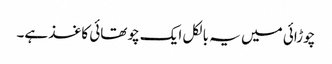
چوڑائی میں یہ بالکل ایک چوتھائی کاغذ ہے۔